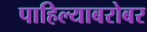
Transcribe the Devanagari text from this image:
पाहिल्याबरोबर